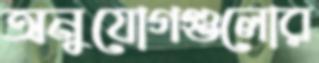
অনুযোগগুলোর